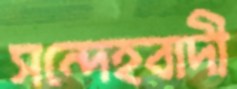
সন্দেহবাদী